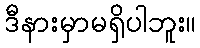
ဒီနားမှာမရှိပါဘူး။